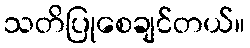
သတိပြုစေချင်တယ်။